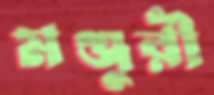
মঞ্জুরী